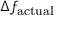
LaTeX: \Delta f _ { \mathrm { a c t u a l } }